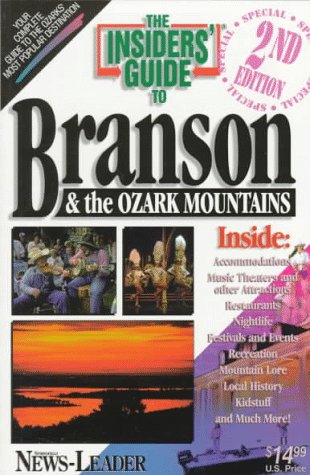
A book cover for The Insiders' Guide to Branson and the Ozark Mountains--2nd Edition; Kate Klise; Travel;